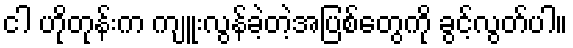
ငါ ဟိုတုန်းက ကျူးလွန်ခဲ့တဲ့အပြစ်တွေကို ခွင့်လွတ်ပါ။